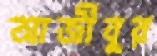
আজীবুর